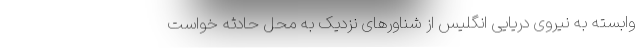
وابسته به نیروی دریایی انگلیس از شناورهای نزدیک به محل حادثه خواست